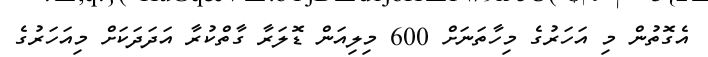
އެގޮތުން މި އަހަރުގެ މިހާތަނަށް 600 މިލިއަން ޑޮލަރާ ގާތްކުރާ އަދަދަކަށް މިއަހަރުގެ